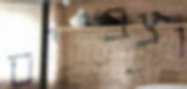
וצביים